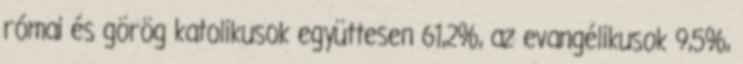
római és görög katolikusok együttesen 61,2%, az evangélikusok 9,5%,